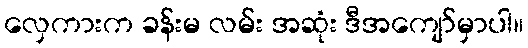
လှေကားက ခန်းမ လမ်း အဆုံး ဒီအကျော်မှာပါ။